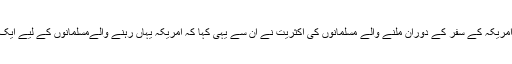
لیکن اس کے ساتھ پورے امریکہ کے سفر کے دوران ملنے والے مسلمانوں کی اکثریت نے ان سے یہی کہا کہ امریکہ یہاں رہنے والےمسلمانوں کے لیے ایک بہترین ملک ثابت ہوا ہے۔